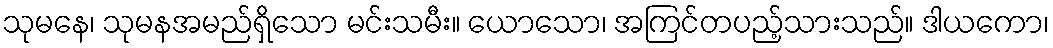
သုမနေ၊ သုမနအမည်ရှိသော မင်းသမီး။ ယောသော၊ အကြင်တပည့်သားသည်။ ဒါယကော၊